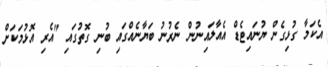
އެކަމާ ގުޅިގެން ޔުނައިޓެޑް އެއާލައިނުން ނެރުނު ބަޔާނެއްގައި ބުނި ގޮތުގައި "އެރި އޮޅުމަކަށް